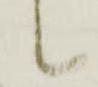
候